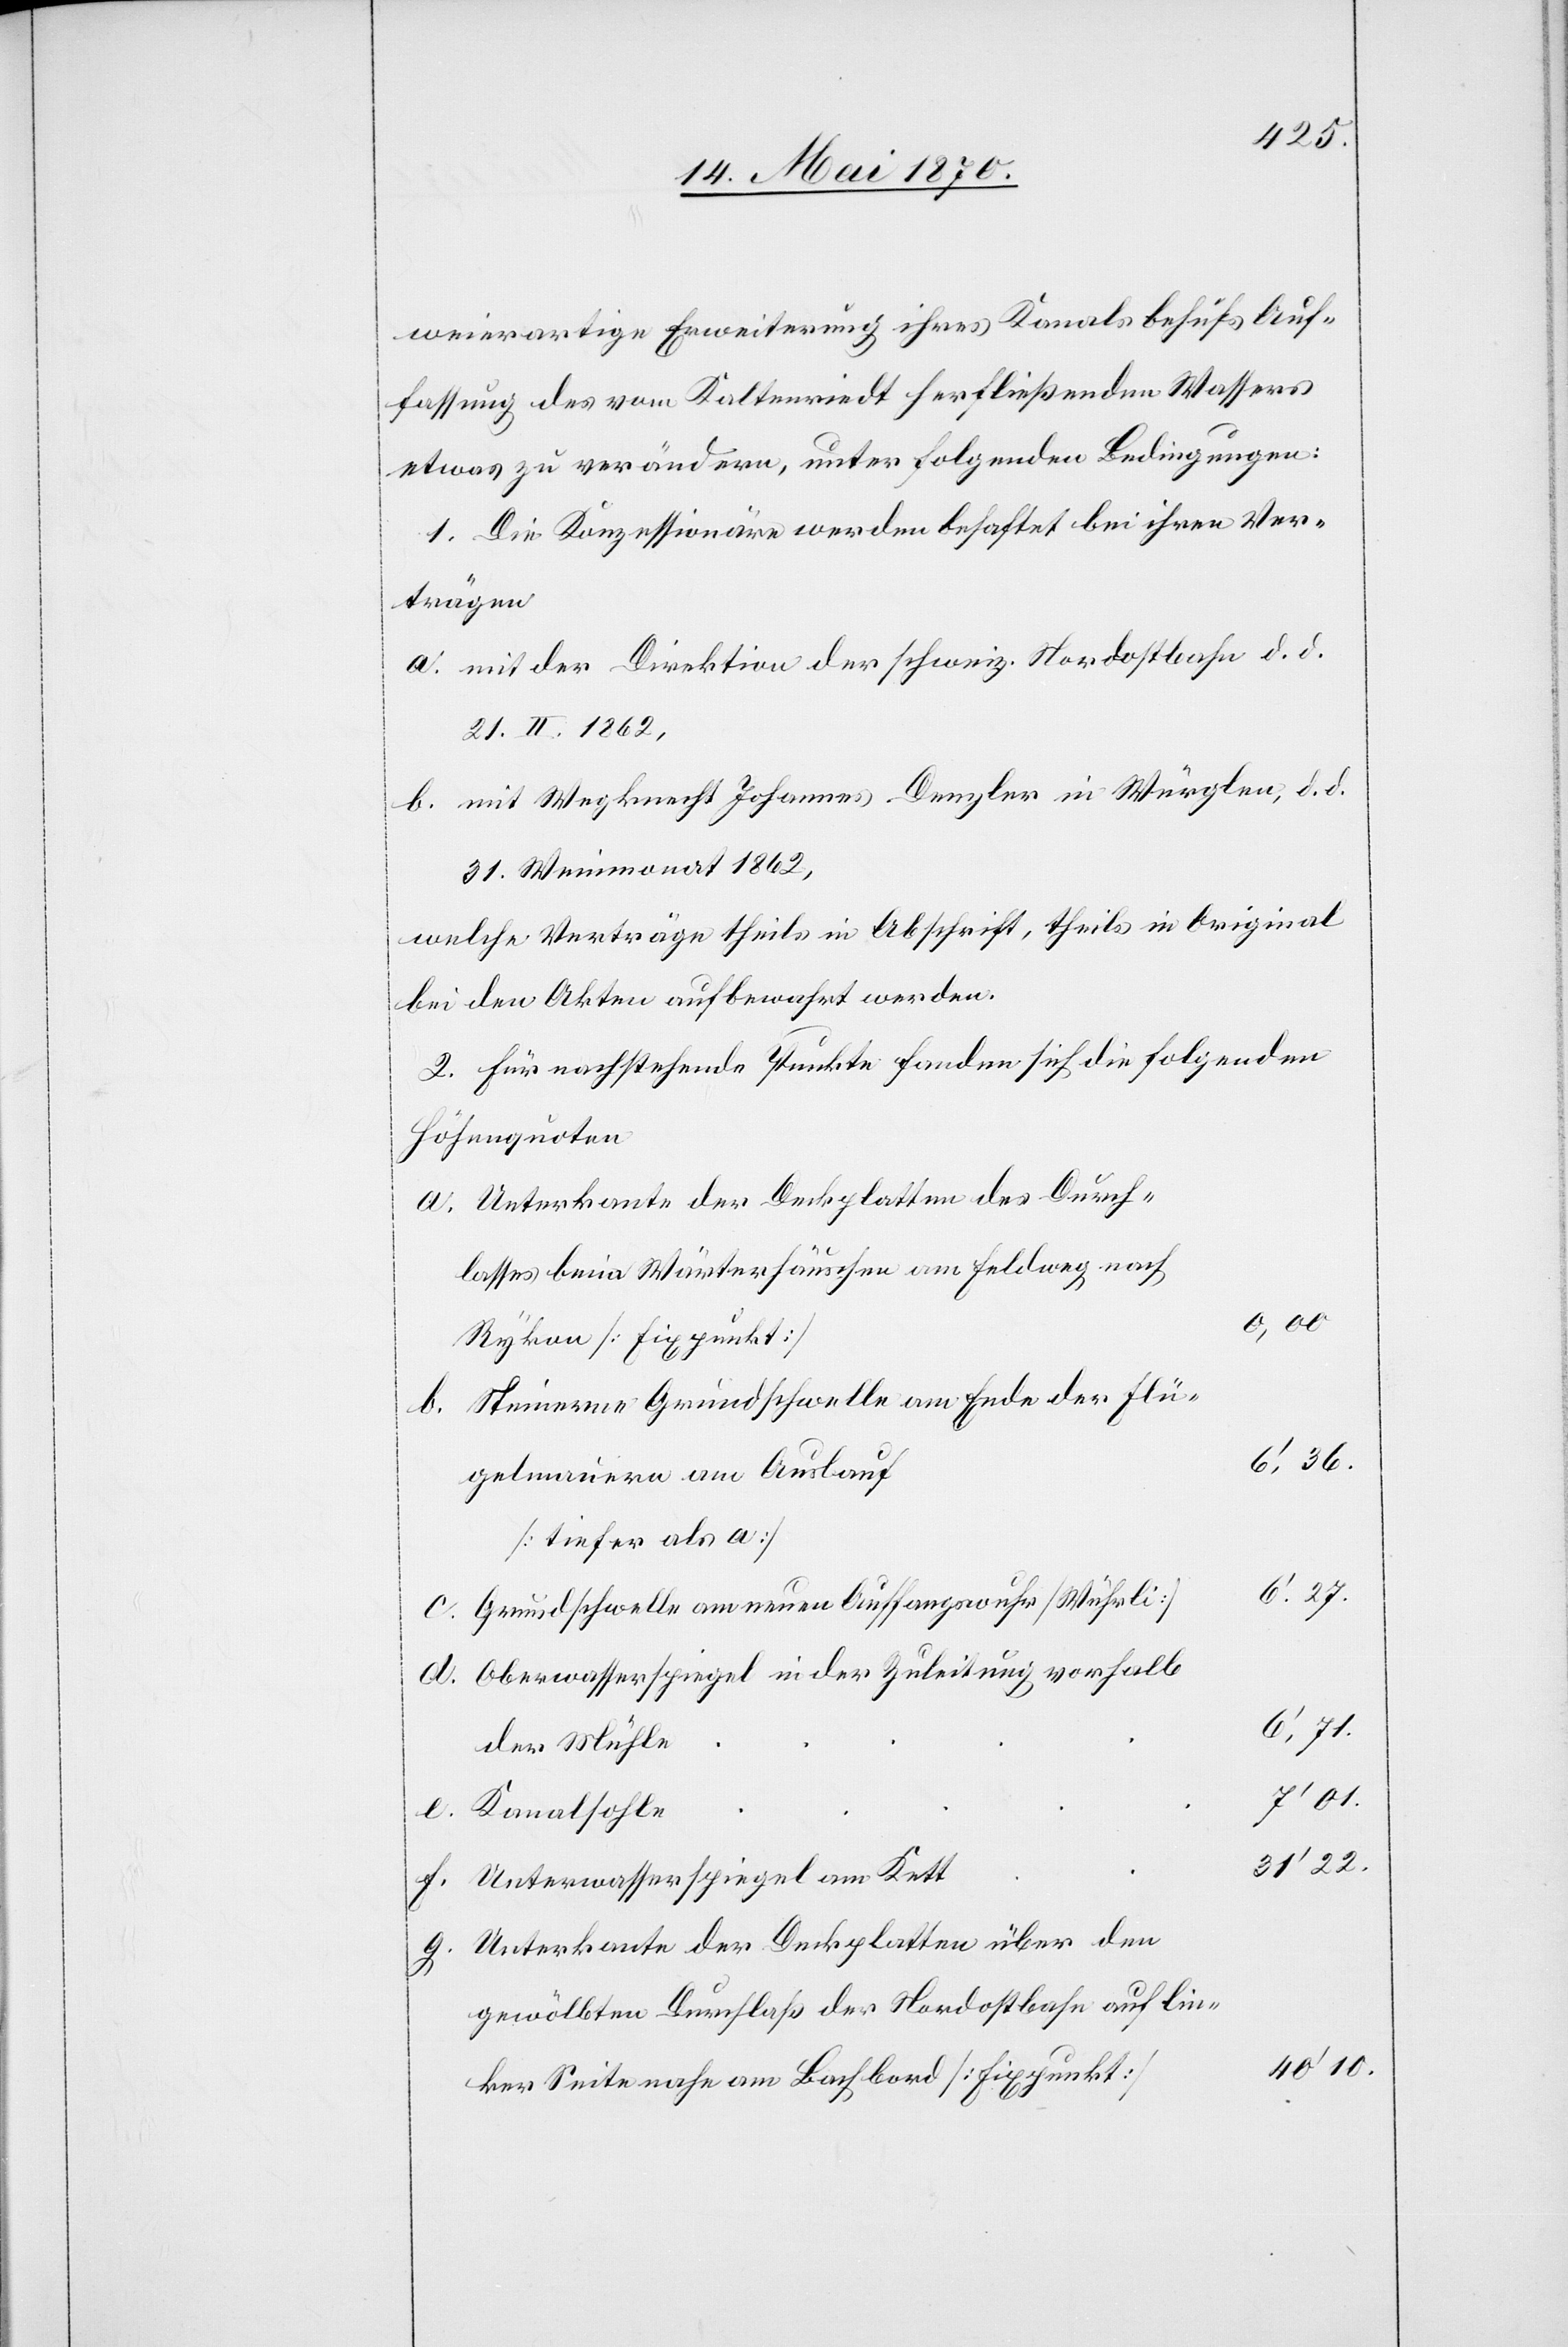
weierartige Erweiterung ihres Kanals behufs Auf¬
fassung des vom Kaltenriedt herfließenden Wassers
etwas zu verändern, unter folgenden Bedingungen:
1. Die Konzessionäre werden behaftet bei ihren Ver¬
trägen
a. mit der Direktion der schweiz. Nordostbahn d. d.
21. II. 1862,
b. mit Wegknecht Johannes Denzler in Würglen, d. d.
31. Weinmonat 1862,
welche Verträge theils in Abschrift, theils in Original
bei den Akten aufbewahrt werden.
2. Für nachstehende Punkte fanden sich die folgenden
Höhenquoten
Unterkante der Deckplatten des Durch¬
lasses beim Wärterhäuschen am Feldweg nach
Steinerne Grundschwelle am Ende der Flü¬
6‘,36.
gelmauern am Auslauf
Grundschwelle am neuen Auffangswuhr [Wührli]
Oberwasserspiegel in der Zuleitung vorhalb
6‘,71.
g.
der Mühle
7’01.
Kanalsohle
31’22.
Unterwasserspiegel am Kett
Unterkante der Deckplatten über den
gewölbten Durchlaß der Nordostbahn auf lin¬
40’10.
ker Seite nahe am Bachbord [Fixpunkt]